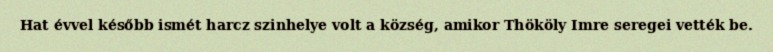
Hat évvel később ismét harcz szinhelye volt a község, amikor Thököly Imre seregei vették be.